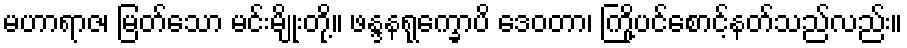
မဟာရာဇ၊ မြတ်သော မင်းမျိုးတို့။ ဖန္ဒနရုက္ခောပိ ဒေဝတာ၊ ကြို့ပင်စောင့်နတ်သည်လည်း။